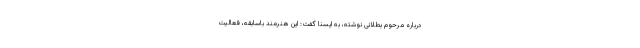
درباره مرحوم بطلانی نوشته، به ایسنا گفت: این هنرمند باسابقه، فعالیت